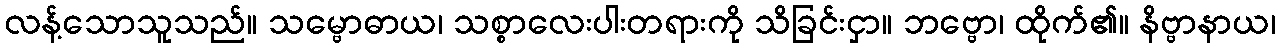
လန့်သောသူသည်။ သမ္ဗောဓာယ၊ သစ္စာလေးပါးတရားကို သိခြင်းငှာ။ ဘဗ္ဗော၊ ထိုက်၏။ နိဗ္ဗာနာယ၊